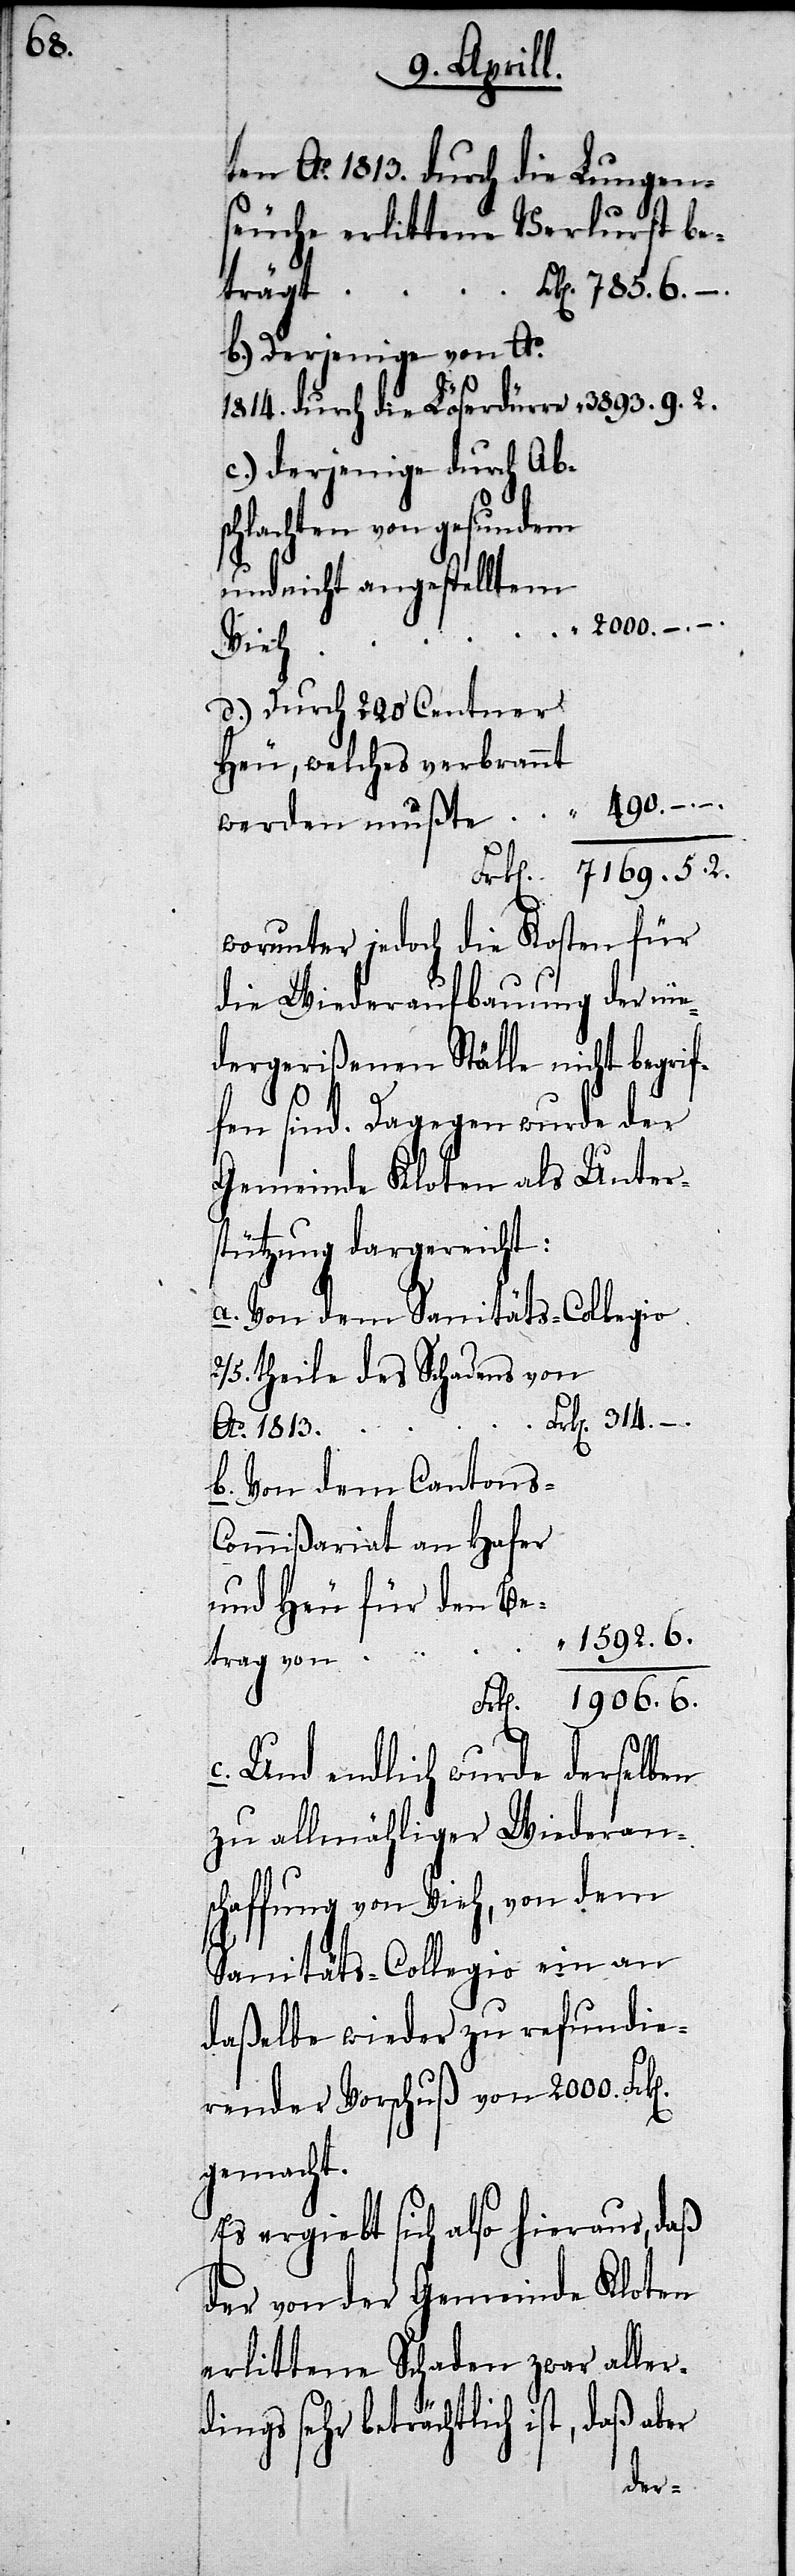
ten Ao. 1813. durch Lungen¬
seuche erlittene Verlurst be¬
trägt .
b.) Derjenige von Ao.
1814. durch die Löserdürre
c.) derjenige durch A¬
chlachten von gesundem
Vieh
d.) Durch 200. Centner
Heu, welches verbrannt
n].
werden mußte “
Frk[en]. 7169.5.2.
worunter jedoch die Kosten für
die Wiederaufbauung der
dergerißenen Ställe nicht
din¬
er
Gemeinde Kloten als
stützung dargereicht:
a. Von dem Sanität¬
2/5. Theile des Schadens von
k[en]. 314.–.
Ao. 1813.
b. Von dem Cantons-C¬
ommißariat an Hafer
und Heu für den
1592.6.
trag von .
Frk[en]. 1906.6.
c. Und endlich wurde derselben
zu allmählicher Wiederan¬
schaffung von Vieh, von dem
Sanitäts-Collegio ein an
daßelbe wieder zu refundie¬
render Vorschuß von 2000. Frk[e¬
gemacht.
Es ergiebt sich also hieraus, daß
der von der Gemeinde Kloten
erlittene Schaden zwar aller¬
gs sehr beträchtlich ist, daß ab¬